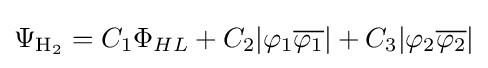
\Psi _{{\text{H}}_{2}}=C_{1}\Phi _{HL}+C_{2}|\varphi _{1}{\overline {\varphi _{1}}}|+C_{3}|\varphi _{2}{\overline {\varphi _{2}}}|